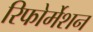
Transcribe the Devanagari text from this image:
रिफोर्मेशन